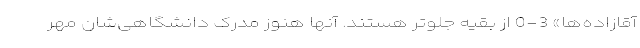
آقازاده‌ها» 3-0 از بقیه جلوتر هستند. آنها هنوز مدرک دانشگاهی‌شان مُهر